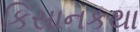
કિસાનકથા